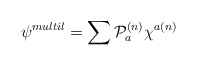
\begin{align*}\psi^{multil}=\sum {\cal{P}}_a^{(n)}\chi^{a(n)}\end{align*}